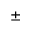
\pm